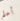
أعلم